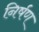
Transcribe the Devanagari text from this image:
निर्षण